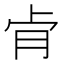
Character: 肻